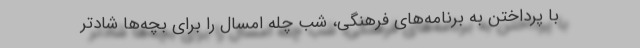
با پرداختن به برنامه‌های فرهنگی، شب چله امسال را برای بچه‌ها شادتر